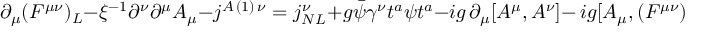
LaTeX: \partial _ { \mu } ( F ^ { \mu \nu } ) _ { L } - \xi ^ { - 1 } \partial ^ { \nu } \partial ^ { \mu } A _ { \mu } - j ^ { A \, ( 1 ) \, \nu } = j _ { N L } ^ { \nu } + g \bar { \psi } \gamma ^ { \nu } t ^ { a } \psi t ^ { a } - i g \, \partial _ { \mu } [ A ^ { \mu } , A ^ { \nu } ] - \, i g [ A _ { \mu } , ( F ^ { \mu \nu } ) _ { L } ] + \, g ^ { 2 } [ A _ { \mu } , [ A ^ { \mu } , A ^ { \nu } ] ] .